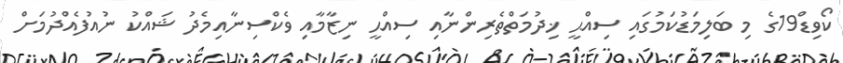
ކޯވިޑް19ގެ މި ބަލިމަޑުކަމުގައި ސިއްޙީ ޚިދުމަތްތެރިންނާއި ސިއްޙީ ނިޒާމާއި ވެކްސިނާއިމެދު ޝައްކު ނުއުފެއްދުމަށް